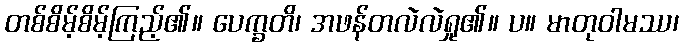
တစ်စိမ့်စိမ့်ကြည့်၏။ ပေက္ခတိ၊ အဖန်တလဲလဲရှု၏။ ပ။ မာတုဝါမဿ၊